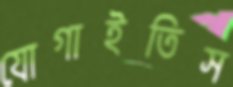
যোগাইতিস